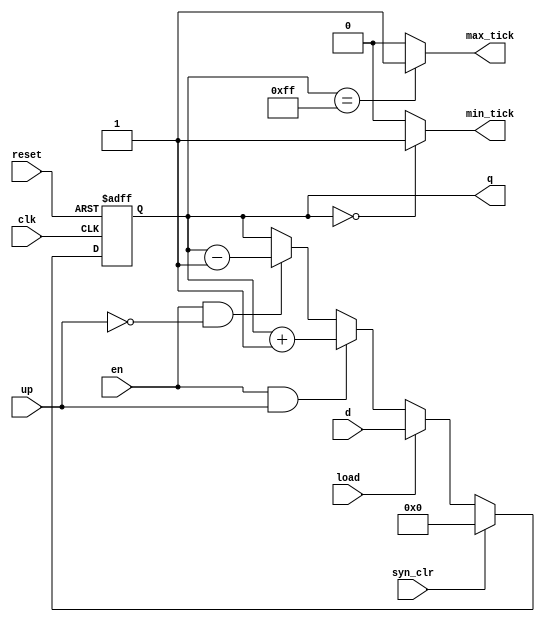
// Listing 4.10
module univ_bin_counter
   #(parameter N=8)
   (
    input wire clk, reset,
    input wire syn_clr, load, en, up,
    input wire [N-1:0] d,
    output wire max_tick, min_tick,
    output wire [N-1:0] q
   );

   //signal declaration
   reg [N-1:0] r_reg, r_next;

   // body
   // register
   always @(posedge clk, posedge reset)
      if (reset)
         r_reg <= 0;  //
      else
         r_reg <= r_next;

   // next-state logic
   always @*
      if (syn_clr)
         r_next = 0;
      else if (load)
         r_next = d;
      else if (en & up)
         r_next = r_reg + 1;
      else if (en & ~up)
          r_next = r_reg - 1;
      else
          r_next = r_reg;

   // output logic
   assign q = r_reg;
   assign max_tick = (r_reg==2**N-1) ? 1'b1 : 1'b0;
   assign min_tick = (r_reg==0) ? 1'b1 : 1'b0;

endmodule